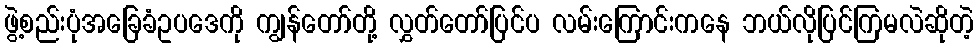
ဖွဲ့စည်းပုံအခြေခံဥပဒေကို ကျွန်တော်တို့ လွှတ်တော်ပြင်ပ လမ်းကြောင်းကနေ ဘယ်လိုပြင်ကြမလဲဆိုတဲ့